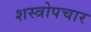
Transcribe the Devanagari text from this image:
शस्त्रोपचार